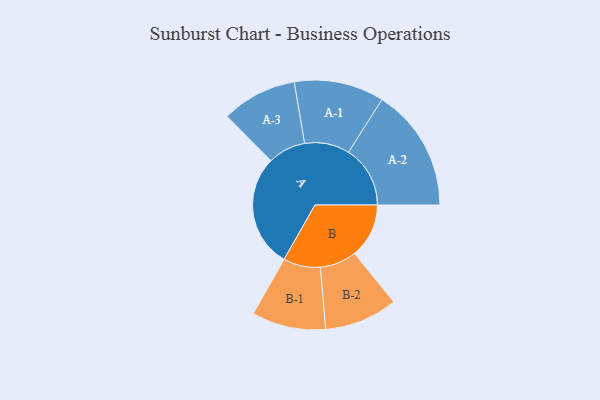
{"axis": {"x": "Segment", "y": "Value"}, "legend": ["", "A", "B"], "data": [{"x": "A", "y": 500, "type": ""}, {"x": "B", "y": 241, "type": ""}, {"x": "A-1", "y": 199, "type": "A"}, {"x": "A-2", "y": 273, "type": "A"}, {"x": "A-3", "y": 167, "type": "A"}, {"x": "B-1", "y": 164, "type": "B"}, {"x": "B-2", "y": 162, "type": "B"}]}